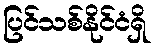
ပြင်သစ်နိုင်ငံရှိ